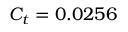
C _ { t } = 0 . 0 2 5 6